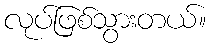
လုပ်ဖြစ်သွားတယ်။